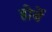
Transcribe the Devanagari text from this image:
होर्बे